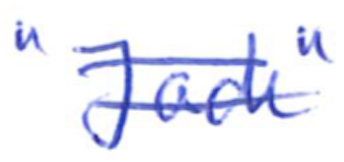
Text: "Jack"
Cross-out: mix
Writing tool: ballpoint